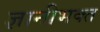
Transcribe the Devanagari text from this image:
ज्ञानीभक्त